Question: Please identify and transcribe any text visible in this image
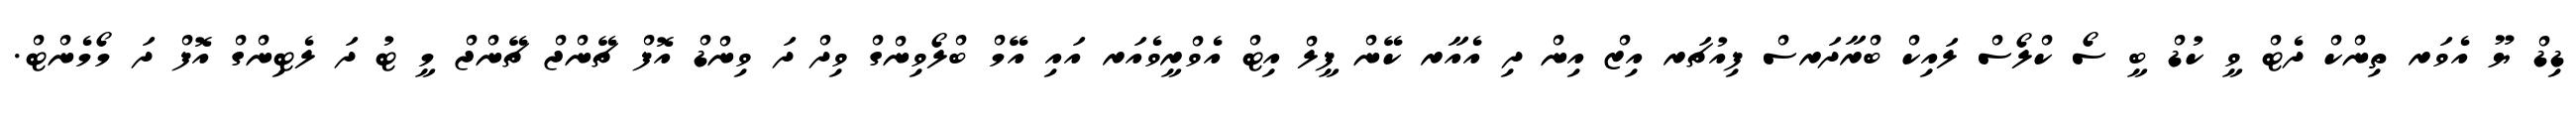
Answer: ޑިޑް ޔޫ އެވަރ ތިންކް ދެޓް ވީ ކުޑް ބީ ސޯ ކްލޯސް ލައިކް ބްރާދަރސް ފިއުޗަރ އިޒް އިން ދި އެއާރ ކޭން ފީލް އިޓް އެވްރީވެއަރ އައި އޭމް ބްލޯވިންގް ވިދް ދަ ވިންޑް އޮފް ޗޭންޖް ޗޭންޖް މީ ޓު ދަ ލެޓިންގް އޮފް ދަ މޯމެންޓް.